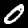
Label: 0